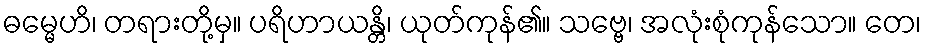
ဓမ္မေဟိ၊ တရားတို့မှ။ ပရိဟာယန္တိ၊ ယုတ်ကုန်၏။ သဗ္ဗေ၊ အလုံးစုံကုန်သော။ တေ၊